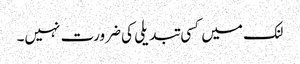
لنک میں کسی تبدیلی کی ضرورت نہیں۔